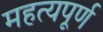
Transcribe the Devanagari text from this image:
महत्यपूर्ण